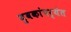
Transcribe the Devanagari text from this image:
युवकांपर्यंत